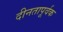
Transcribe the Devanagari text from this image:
दीनतापूर्वक